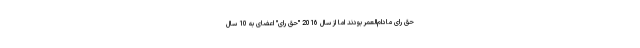
حق رای مادام‌العمر بودند اما از سال 2016 "حق رای" اعضای به 10 سال